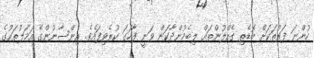
ހުންނަ ފަރުތަކަށް ބޮޑެތި ގެއްލުންތައް ލިބެމުންދާކަން ވަނީ ފާހަގަ ކުރެވިފައެވެ. އިންސާނުންގެ އަމަލުތަކުގެ